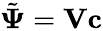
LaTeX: \tilde{\mathbf{\Psi}}=\mathbf{V}\mathbf{c}